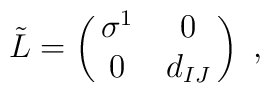
\tilde L=\pmatrix{\sigma^1&0\cr0&d_{IJ}}\ ,